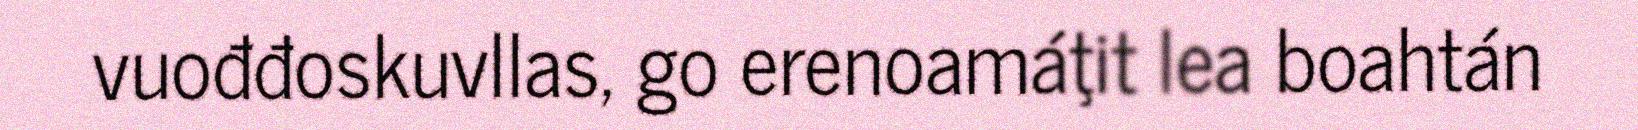
vuođđoskuvllas, go erenoamáţit lea boahtán